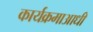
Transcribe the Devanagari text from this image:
कार्यक्रमाआधी